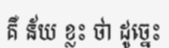
គឺ ន័យ ខ្លះ ថា ដូច្នេះ